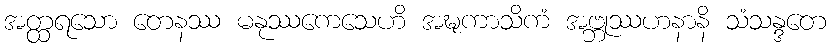
အတ္ထရသော တေနဿ မနုဿကေသေဟိ အဍ္ဎကာသိကံ အဗ္ဘုဿဟနာနိ သံသန္ဒတေ